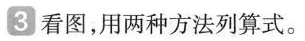
3看图，用两种方法列算式。